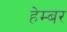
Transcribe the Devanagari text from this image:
हेम्बर